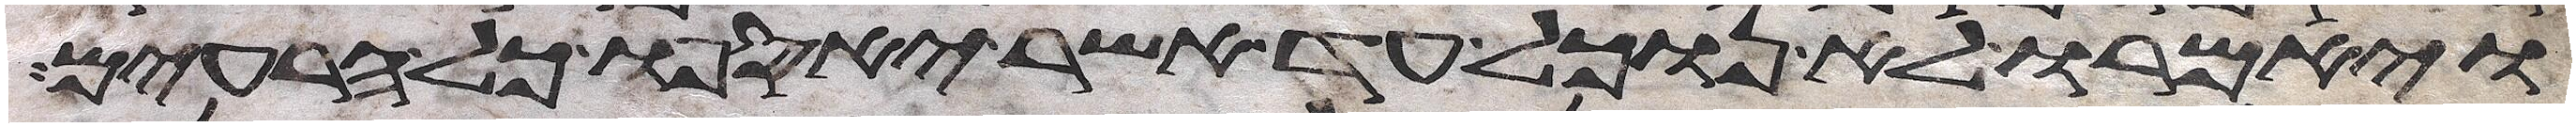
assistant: ויאמרו לא נוכל עד אשר יאספו כל הרעים